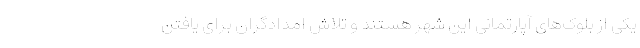
یکی از بلوک‌های آپارتمانی این شهر هستند و تلاشِ امدادگران برای یافتن